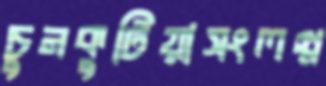
চুনকুটিয়াসংলগ্ন